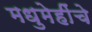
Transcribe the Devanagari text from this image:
मधुमेहींचे